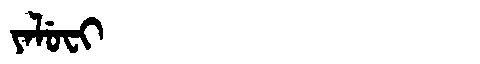
Manchu: ᠶᠠᠯᡠᠸᡳ
Romanization: YALUFI